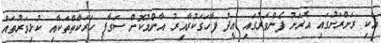
އެކި ރަށްރަށުގައި އެރަށު ފެންވަރުގައި އީދު ފާހަގަކުރާއިރު އާންމުކޮށް ސަގާފީ ހަރަކާތްތަކާއި ކުޅިވަރުތައް